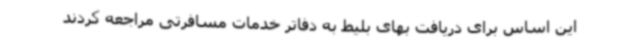
این اساس برای دریافت بهای بلیط به دفاتر خدمات مسافرتی مراجعه کردند